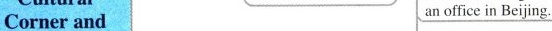
Corner and an office in Beijing.